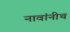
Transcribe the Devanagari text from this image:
नावांनीच